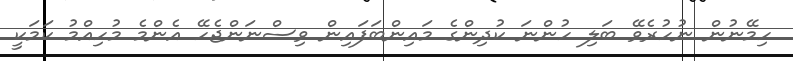
ހިމޭނުން ނުހުރެވޭ ބަލި ހުންނަ ކުދިންގެ މައިންބަފައިން ވިސްނަންޖެހޭ އެންމެ މުހިއްމު ކަމަކީ